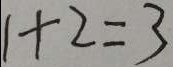
1 + 2 = 3